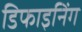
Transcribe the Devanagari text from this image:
डिफाइनिंग